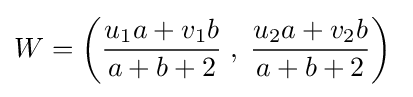
W=\left({\frac {u_{1}a+v_{1}b}{a+b+2}}\;,\;{\frac {u_{2}a+v_{2}b}{a+b+2}}\right)\;